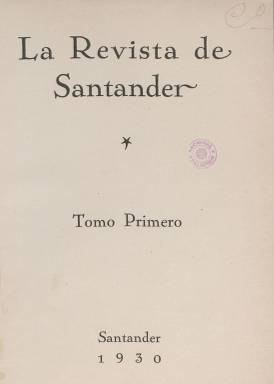
Título: La Revista de Santander (Santander)
Colección: Revistas de información general
Ámbito geográfico: Cantabria
Lugar de publicación: Santander
Fechas: 01/01/1930-31/12/1933

Fue una empresa romántica de un grupo de historicistas montañeses enamorados del pasado y certeros escrutadores de archivos, tal como empieza a describirla José Simón Cabarga (1982), estando “despierta a la ilusión de llegar a revisar definitivamente la historia de la provincia”. Comienza a publicarse en enero de 1930, impulsada por el entonces director de la Biblioteca Menéndez Pelayo, Miguel Artigas (1887-1947), y por otros prohombres de las letras cántabras de la época José María Cossío (1892-1977), que fue su director; Francisco González-Camino y Aguirre (1899-1937), su secretario de redacción; José Fernández-Regatillo (1882-1975), encargado de la administración; Tomás Maza Solano (1891-1975), director adjunto desde mayo de 1930; Fernando Barreda (1887-1976), Mateo Escagedo Salmón (1880-1934 y el arquitecto Elías Ortiz de la Torre (1878-1940). Su redacción estuvo establecida en la Biblioteca Municipal y fue estampada en la imprenta de Librería Moderna, en donde también estaba establecida la Administración. Estuvo destinada sólo a suscriptores.

Francisco Sáez Picazo (1973) elaboró sus índices de autores, de materias y geográfico, además del de sus láminas, también por materias. Contiene artículos sobre arte, biografía, etnografía, folclore y tradiciones, genealogía y heráldica, lingüística, literatura, historia, prehistoria y arqueología. Dio cabida también a textos de creación literaria y poética, y a transcripciones de documentos y comentarios a los mismos.

Además de los citados, en su nómina de colaboradores estuvieron Gerardo Diego (1896-1992), Víctor de la Serna (1896-1985), Arturo Casanueva (1894-1936), José del Río Sáinz (1884-1964), Luis Barreda (1874-1938) o Concha Espina (1869-1955), entre otros muchos. Y aunque la mayor parte de sus colaboradores eran de derechas, algunos otros eran republicanos y entre ellos estuvo Matilde de la Torre (1884-1946), que fue una de las primeras diputadas socialistas de la II República Española. Con la indicación de “publicación mensual de arte, historia y literatura regionales”, fue considerada por el propio Cossío como una revista con espíritu regional y abierta.

Compuesta a una columna, será una revista con una excelente presentación tipográfica y con un buen número de ilustraciones. Inserta grabados y fotografías de reproducciones pictóricas y escultóricas y sobre arqueología civil y religiosa, etnografía y folclore, historia, prehistoria y arqueología, así como de personajes, además de caricaturas y dibujos.

Cada entrega o fascículo es de 48 páginas, a las que hay que sumar, cuando así se produce, las dedicadas a la publicidad comercial y las cubiertas. Cada seis números mensuales -o semestre- forman un tomo, con paginación continuada. Los años 1930 y 1931 forman los primeros cuatro tomos. El número extraordinario corresponde a junio de 1930. Las entregas de los años 1932 y 1933 debieron ser bimestrales, pues cada año forman los tomos cinco y seis, respectivamente, cada uno con sus respectivos seis números, también con paginación continuada, aunque en su información administrativa seguía indicado que era una “publicación mensual”. Los números incluyen sumarios y los primeros tomos contienen índices. El año 1933 de la colección de la Biblioteca Nacional de España está incompleto, al disponer sólo de los números 1 y 5.